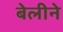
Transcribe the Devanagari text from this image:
बेलीने